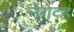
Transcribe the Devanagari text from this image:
नेगेव्ह